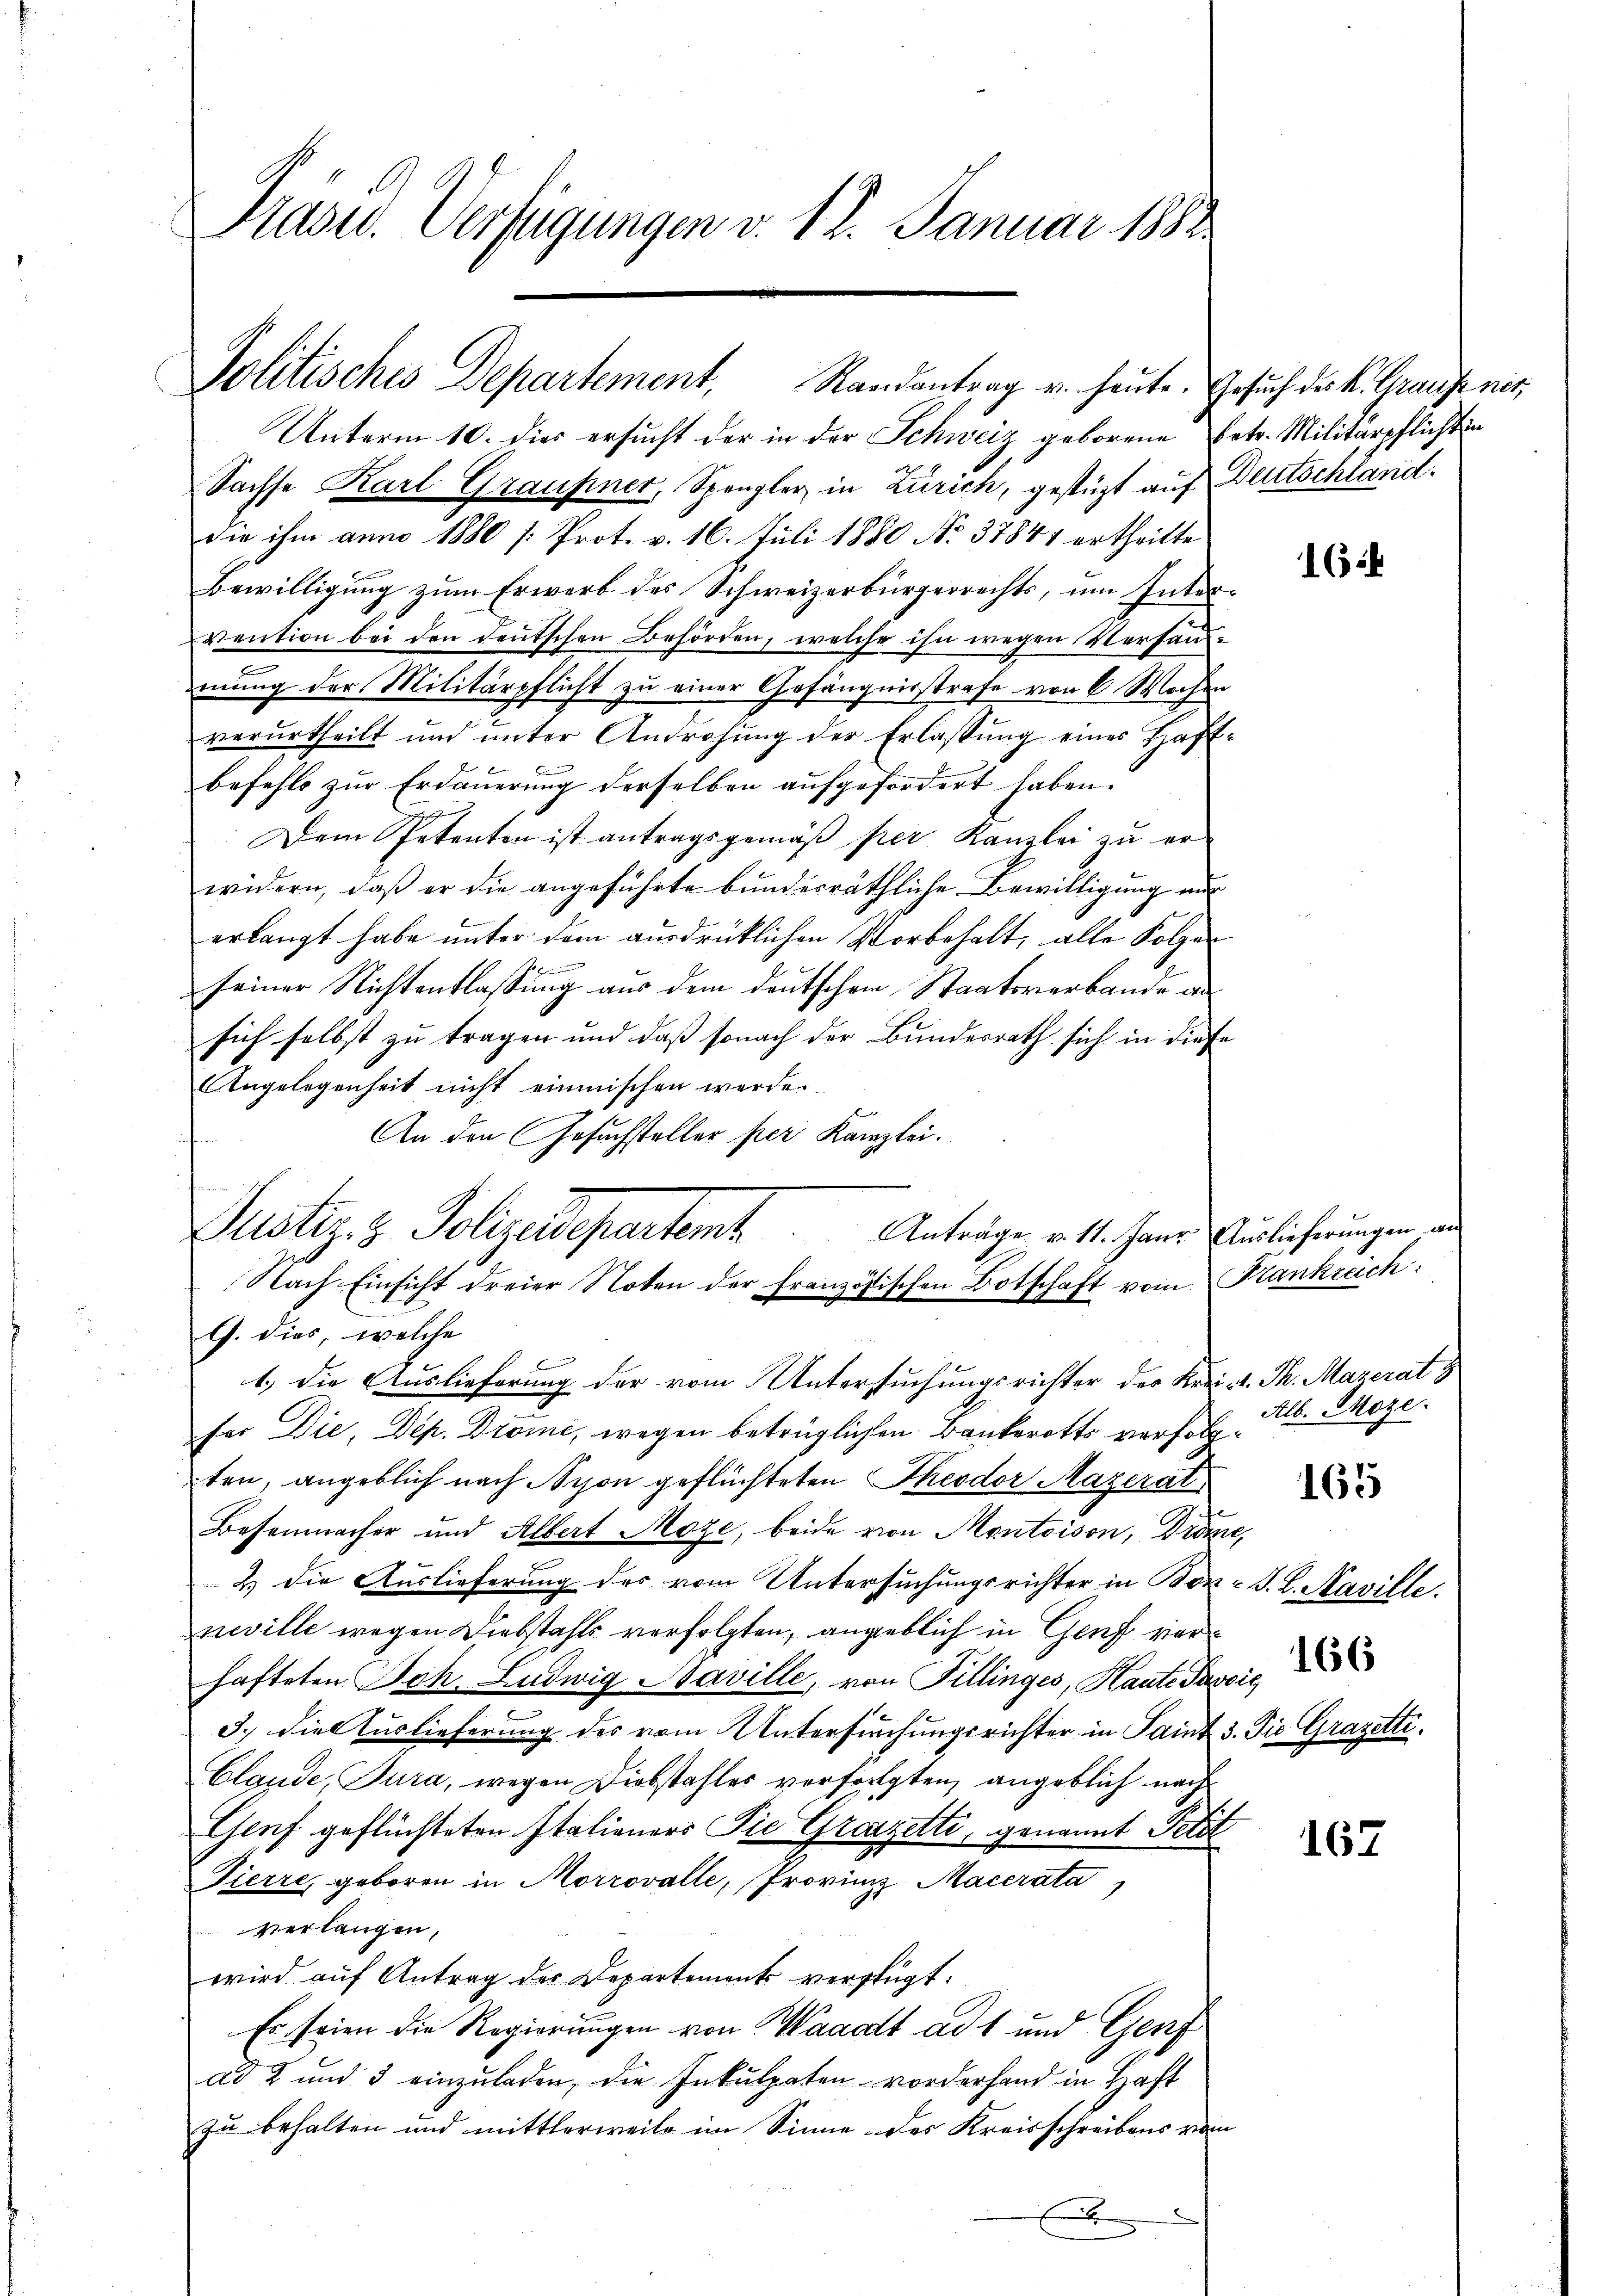
Pasur. Verfügungen v. 18. Januar 1882

Politisches Departement, Randantrag u. heute. Gesuch des K. Graufs ner

Unterm 10. dies ersucht der in der Schweiz geborene Petr. Militärpflicht in
Sachse Karl Graufner, Spengler in Zürich, gestützt auf
die ihm anno 1880 /: Prot. v. 16. Juli 1880 No 37841 ertheilte
Bewilligung zum Erwerb des Schweizerbürgerrechts, um Inter
vention bei den deutschen Behörden, welche ihn wegen Versandmung der Militärpflicht zu einer Gefängnisstrafe von 6 Wochen
verurtheilt und unter Androhung der Erlassung eines Haft
befehls zur Erdauerung derselben aufgefordert haben.
Dem Petenten ist antragsgemäß per Kanzlei zu erwidern, daß er die angeführte bunderräthliche Bewilligung au
erlangt habe unter dem ausdrücklichen Vorbehalt, alle Folgen
seiner Nichtentlassung aus dem deutschen Staatsverbande an
sich selbst zu tragen und daß sonach der Bundesrath sich in dies
Angelegenheit nicht einmischen werde.
An den Gesuchsteller per Kanzlei-
fer Die, Dep. Drome, wegen betrüglichen Bankerotts verfolgten, angeblich nach Schon geflüchteten Theodor Mazerat
Besenmacher und Albert Moze, beide von Montoison, Drön
2) die Auslieferung des vom Untersuchungsrichter in Bon
neville wegen Diebstahls verfolgten, angeblich in Genf verhafteten Joh. Ludwig Naville, von Pillinges, Haute Par
3.) Die Auslieferung des vom Untersuchungsrichter in Saint
Clande, Tura, wegen Diebstahles verfolgten, angeblich nach
Genf geflüchteten Italieners Die Grazetti, genannt Petit
Fierre, geboren in Morrovalle, Provinz Macerata
verlangen,
wird auf Antrag des Departements verfügt:
Es seien die Regierungen von Waadt ad 1 und Genf
ad 2 und 3 einzuladen, die Inkulpaten vorderhand in Haft
zu behalten und mittlerweile im Sinne des Kreisschreibens von

Justiz & Polizedepartemb
Anträge v. 11. Janr Auslieferungen an
Nach Einsicht dreier Noten der Französischen Botschaft vom Stankreich
G. dies, welche
1.) Die Auslieferung der vom Untersuchungsrichter des Kreis. Th. Mazerat

Deutschland.

16

Alb. Moze.

162

20
S. S. Maville.
166
voit
3. Die Grazetti.

167